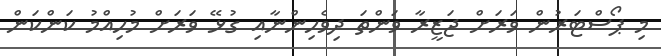
މި ޕޯސްޓަރުން ވަރަށް ޖަޒީރާ ވަންތަ ދިވެހިންނާއި ގުޅޭ ވަރަށް މުހިއްމު ކަންކަން